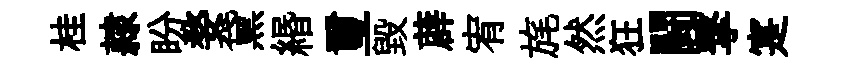
桂隷盼婺黛緡璽毀薜宥旄然狂闘撃寔